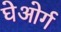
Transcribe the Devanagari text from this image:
घेओर्ग